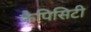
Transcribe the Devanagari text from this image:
कैपिसिटी